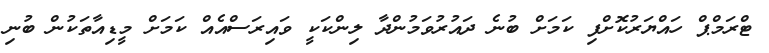
ޓްރަމްޕް ހައްޔަރުކޮށްފި ކަމަށް ބުނެ ދައުރުވަމުންދާ ލިންކަކީ ވައިރަސްއެއް ކަމަށް މީޑިއާތަކުން ބުނި